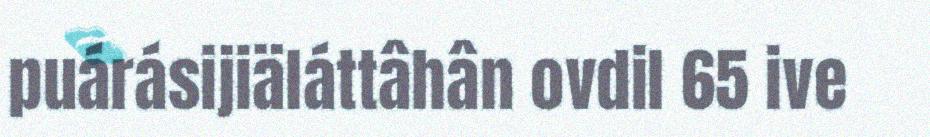
puárásijiäláttâhân ovdil 65 ive